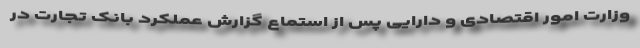
وزارت امور اقتصادی و دارایی پس از استماع گزارش عملکرد بانک تجارت در